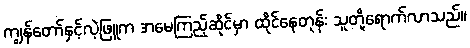
ကျွန်တော်နှင့်လဲ့ဖြူက အမေကြည့်ဆိုင်မှာ ထိုင်နေတုန်း သူတို့ရောက်လာသည်။